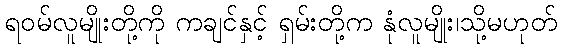
ရဝမ်လူမျိုးတို့ကို ကချင်နှင့် ရှမ်းတို့က နုံလူမျိုး၊သို့မဟုတ်